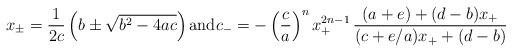
LaTeX: \begin{align*}x_{\pm}=\dfrac{1}{2c} \left( b \pm\sqrt{b^2-4ac}\right) \textrm{and} c_-=-\left(\dfrac{c}{a}\right)^n x_+^{2n-1}\,\dfrac{(a+e)+(d-b)x_+}{(c+e/a)x_++(d-b)}\end{align*}